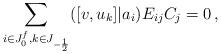
LaTeX: \begin{align*}\sum_{i\in J_0^f,k\in J_{-\frac12}}([v,u_k]|a_i)E_{ij}C_j=0\,,\end{align*}